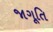
જાગૂતિ